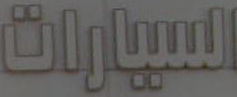
السيارات